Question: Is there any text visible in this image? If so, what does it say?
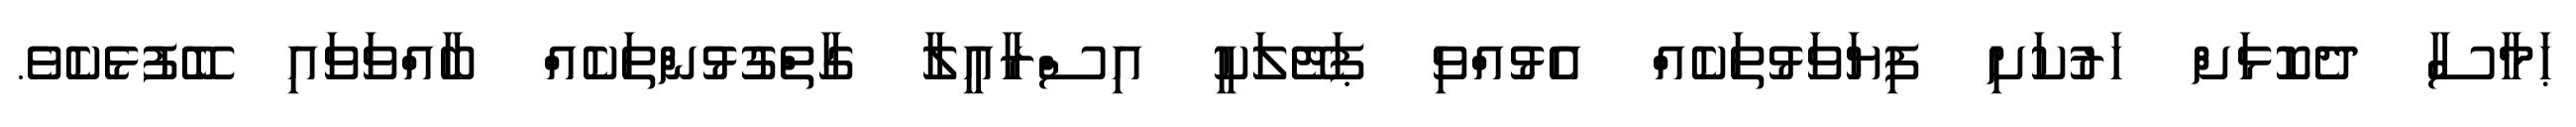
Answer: ޙަމާސާ ދެކޮޅަށް ހަރުކަށި ފިޔަވަޅުތަކެއް އެޅުއްވި ޕަޓޭލަކީ އިސްރާއީލާ ގާތްގުޅުންތަކެއް ބާއްވަވައި ބޭފުޅެކެވެ.